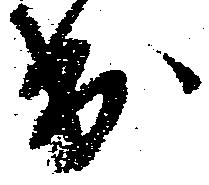
出